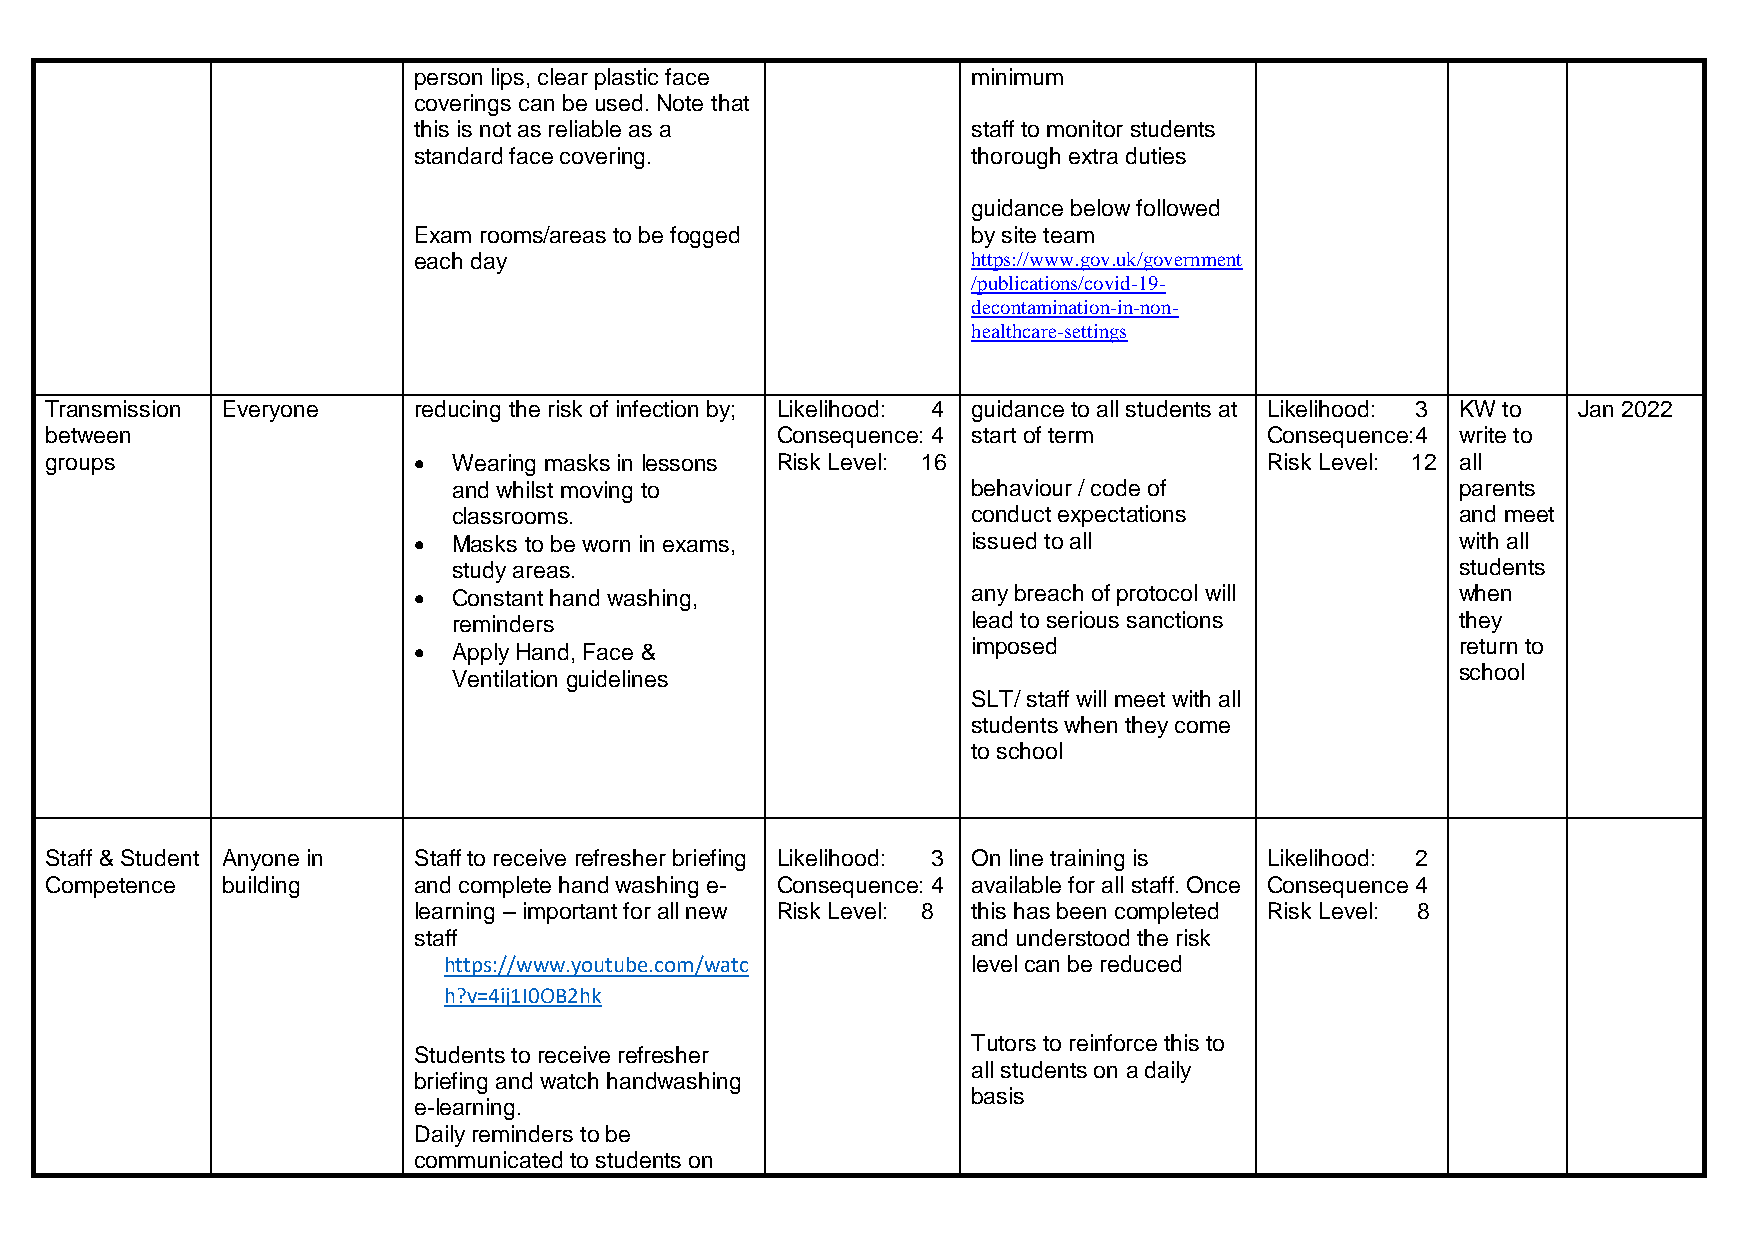
person lips, clear plastic face      minimum
 coverings can be used. Note that
 this is not as reliable as a         staff to monitor students
 standard face covering.              thorough extra duties
 guidance below followed
 Exam rooms/areas to be fogged        by site team
 each day                             https://www.gov.uk/government
 /publications/covid-19-
 decontamination-in-non-
 healthcare-settings
 Transmission Everyone   reducing the risk of infection by; Likelihood: 4 guidance to all students at Likelihood: 3 KW to Jan 2022
 between                                         Consequence: 4 start of term     Consequence:4 write to
 groups                    Wearing masks in lessons Risk Level: 16               Risk Level: 12 all
 and whilst moving to              behaviour / code of              parents
 classrooms.                       conduct expectations             and meet
   Masks to be worn in exams,        issued to all                    with all
 study areas.                                                       students
   Constant hand washing,            any breach of protocol will      when
 reminders                         lead to serious sanctions        they
   Apply Hand, Face &                imposed                          return to
 Ventilation guidelines                                             school
 SLT/ staff will meet with all
 students when they come
 to school
 Staff & Student Anyone in Staff to receive refresher briefing Likelihood: 3 On line training is Likelihood: 2
 Competence  building    and complete hand washing e- Consequence: 4 available for all staff. Once Consequence 4
 learning – important for all new Risk Level: 8 this has been completed Risk Level: 8
 staff                                and understood the risk
 https://www.youtube.com/watc       level can be reduced
 h?v=4ij1I0OB2hk
 Tutors to reinforce this to
 Students to receive refresher
 all students on a daily
 briefing and watch handwashing
 basis
 e-learning.
 Daily reminders to be
 communicated to students on